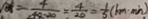
= \frac { 4 } { 4 0 \cdot 2 0 } = \frac { 4 } { 2 0 } = \frac { 1 } { 5 } ( k m \cdot \min )